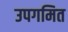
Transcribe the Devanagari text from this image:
उपगमित